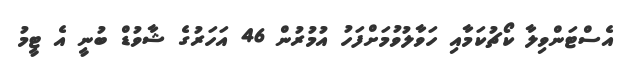
އެސްޓަންވިލާ ކޯޗުކަމާއި ހަވާލުވުމަށްފަހު އުމުރުން 46 އަހަރުގެ ޝާވުޑް ބުނީ އެ ޓީމު